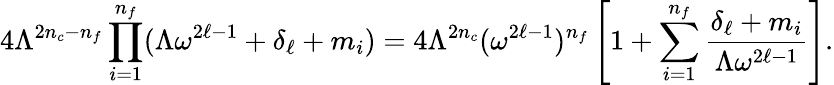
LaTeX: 4\Lambda^{2n_{c}-n_{f}}\prod_{i=1}^{n_{f}}(\Lambda\omega^{2\ell-1}+\delta_{\ell}+m_{i})=4\Lambda^{2n_{c}}(\omega^{2\ell-1})^{n_{f}}\left[1+\sum_{i=1}^{n_{f}}\frac{\delta_{\ell}+m_{i}}{\Lambda\omega^{2\ell-1}}\right].